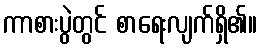
ကာစားပွဲတွင် စာရေးလျက်ရှိ၏။